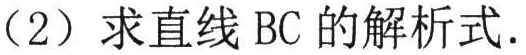
（2）求直线 BC 的解析式.